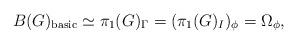
LaTeX: \begin{align*}B(G)_{\rm basic}\simeq \pi_1(G)_\Gamma=(\pi_1(G)_I)_\phi=\Omega_\phi,\end{align*}